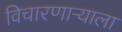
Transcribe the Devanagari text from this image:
विचारणाऱ्याला